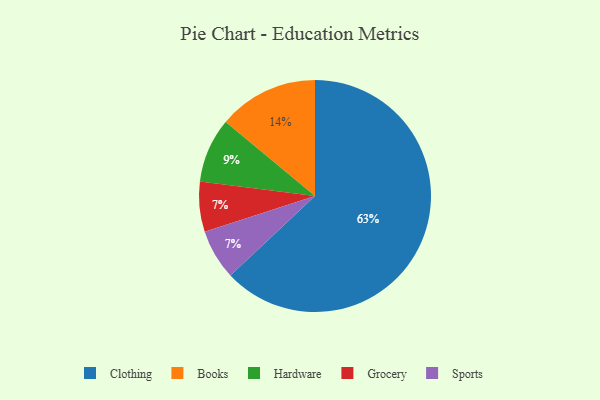
{"axis": {"x": "Category", "y": "Percentage"}, "legend": ["Books", "Clothing", "Grocery", "Hardware", "Sports"], "data": [{"x": "Hardware", "y": 9, "type": "Hardware"}, {"x": "Grocery", "y": 7, "type": "Grocery"}, {"x": "Clothing", "y": 63, "type": "Clothing"}, {"x": "Books", "y": 14, "type": "Books"}, {"x": "Sports", "y": 7, "type": "Sports"}]}